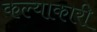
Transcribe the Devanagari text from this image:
कल्याकारी